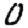
Digit: 0